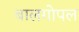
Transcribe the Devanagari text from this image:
बालगोपल